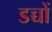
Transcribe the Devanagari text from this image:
डच्चों